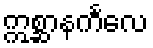
ဣစ္ဆာနင်္ကလေ